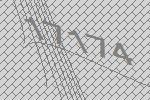
17174